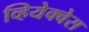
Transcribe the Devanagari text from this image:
व्हियेक्वेस